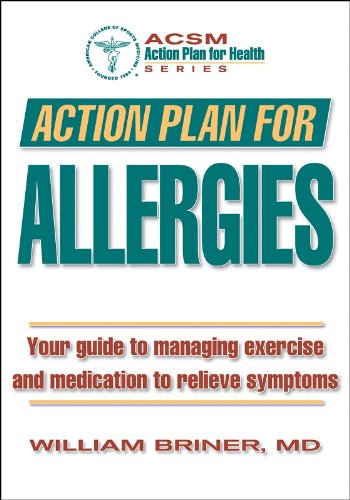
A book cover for Action Plan for Allergies; William Briner; Health, Fitness & Dieting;